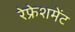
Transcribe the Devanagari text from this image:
रेफ्रेशमेंट